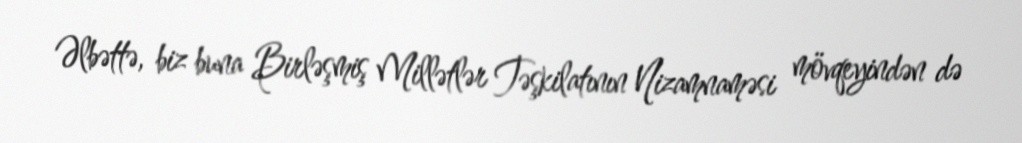
Əlbəttə, biz buna Birləşmiş Millətlər Təşkilatının Nizamnaməsi mövqeyindən də